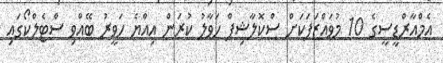
އެމްއާރްޑީސީގެ 10 މުވައްޒަފަކަށް ސްކޮލާޝިޕް ހަވާލު ކުރަން އިއްޔެ ހަވީރު ބޭއްވި ސްޓެލްކޯގައި